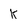
Character: k